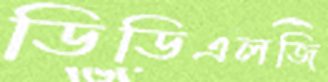
ডিডিএলজি